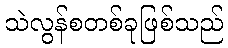
သဲလွန်စတစ်ခုဖြစ်သည်